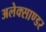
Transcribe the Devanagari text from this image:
अलेक्साण्डर